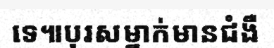
ទេ៕បុរសម្នាក់មានជំងឺ